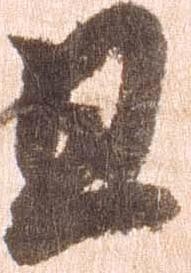
且